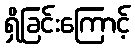
ရှိခြင်းကြောင့်